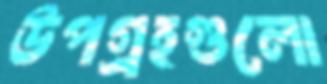
উপগ্রহগুলো